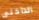
الداخلى